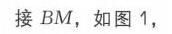
接 \(BM\)，如图 1，